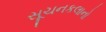
સૂચનકલાનો